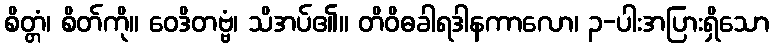
စိတ္တံ၊ စိတ်ကို။ ဝေဒိတဗ္ဗံ၊ သိအပ်၏။ တိဝိဓခါရဒါနကာလော၊ ၃-ပါးအပြားရှိသော